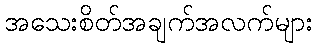
အသေးစိတ်အချက်အလက်များ